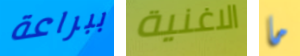
ببراعة الاغنية ما